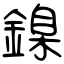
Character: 鎳